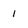
Character: 1